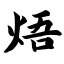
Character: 焐